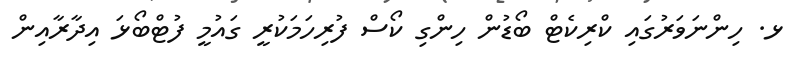
ޅ. ހިންނަވަރުގައި ކްރިކެޓް ބޯޑުން ހިންގި ކޯސް ފުރިހަމަކުރީ ގައުމީ ފުޓްބޯޅަ އިދާރާއިން